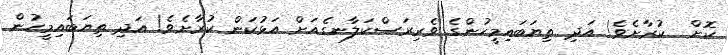
ކޮށް  ކުރާށެވެ! އަދި ތިޔަބައިމީހުންގެ ވެރިރަސްކަލާނގެއަށް އަޅުކަން ކުރާށެވެ! އަދި ތިޔަބައިމީހުން